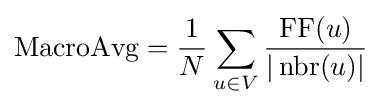
{\text{MacroAvg}}={\frac {1}{N}}\sum _{u\in V}{\frac {\operatorname {FF} (u)}{|\operatorname {nbr} (u)|}}